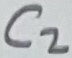
Text: C2